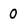
Character: 0